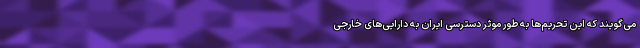
می‌گویند که این تحریم‌ها به طور موثر دسترسی ایران به دارایی‌های خارجی